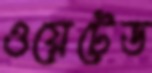
ওয়েটেড